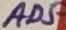
Text: AD5